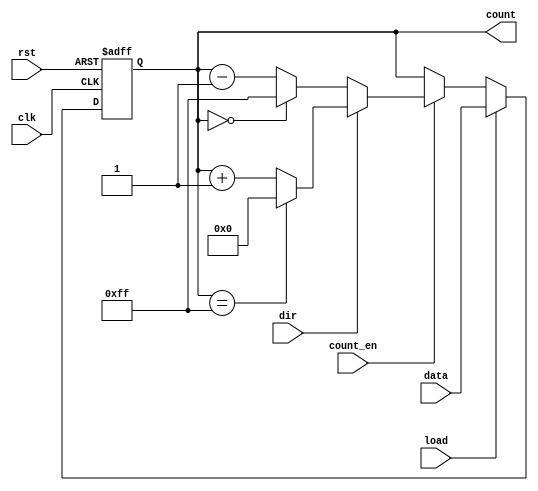
module loadable_counter (
    input wire clk,             // Clock signal
    input wire rst,             // Active-high reset
    input wire load,            // Active-high load signal
    input wire [7:0] data,      // Data input for loading counter
    input wire count_en,        // Count enable signal
    input wire dir,             // Count direction (1 = up, 0 = down)
    output reg [7:0] count      // Current count output
);

    // Initialize the count to 0
    initial begin
        count = 8'b0; // Predefined reset value
    end

    always @(posedge clk or posedge rst) begin
        if (rst) begin
            // Reset the counter to zero
            count <= 8'b0;
        end else if (load) begin
            // Load the new value into the counter
            count <= data;
        end else if (count_en) begin
            // Count up or down based on the direction
            if (dir) begin
                // Increment the counter
                if (count == 8'hFF)
                    count <= 8'b0; // Wrap around to 0
                else
                    count <= count + 1;
            end else begin
                // Decrement the counter
                if (count == 8'h00)
                    count <= 8'hFF; // Wrap around to 255
                else
                    count <= count - 1;
            end
        end
    end

endmodule